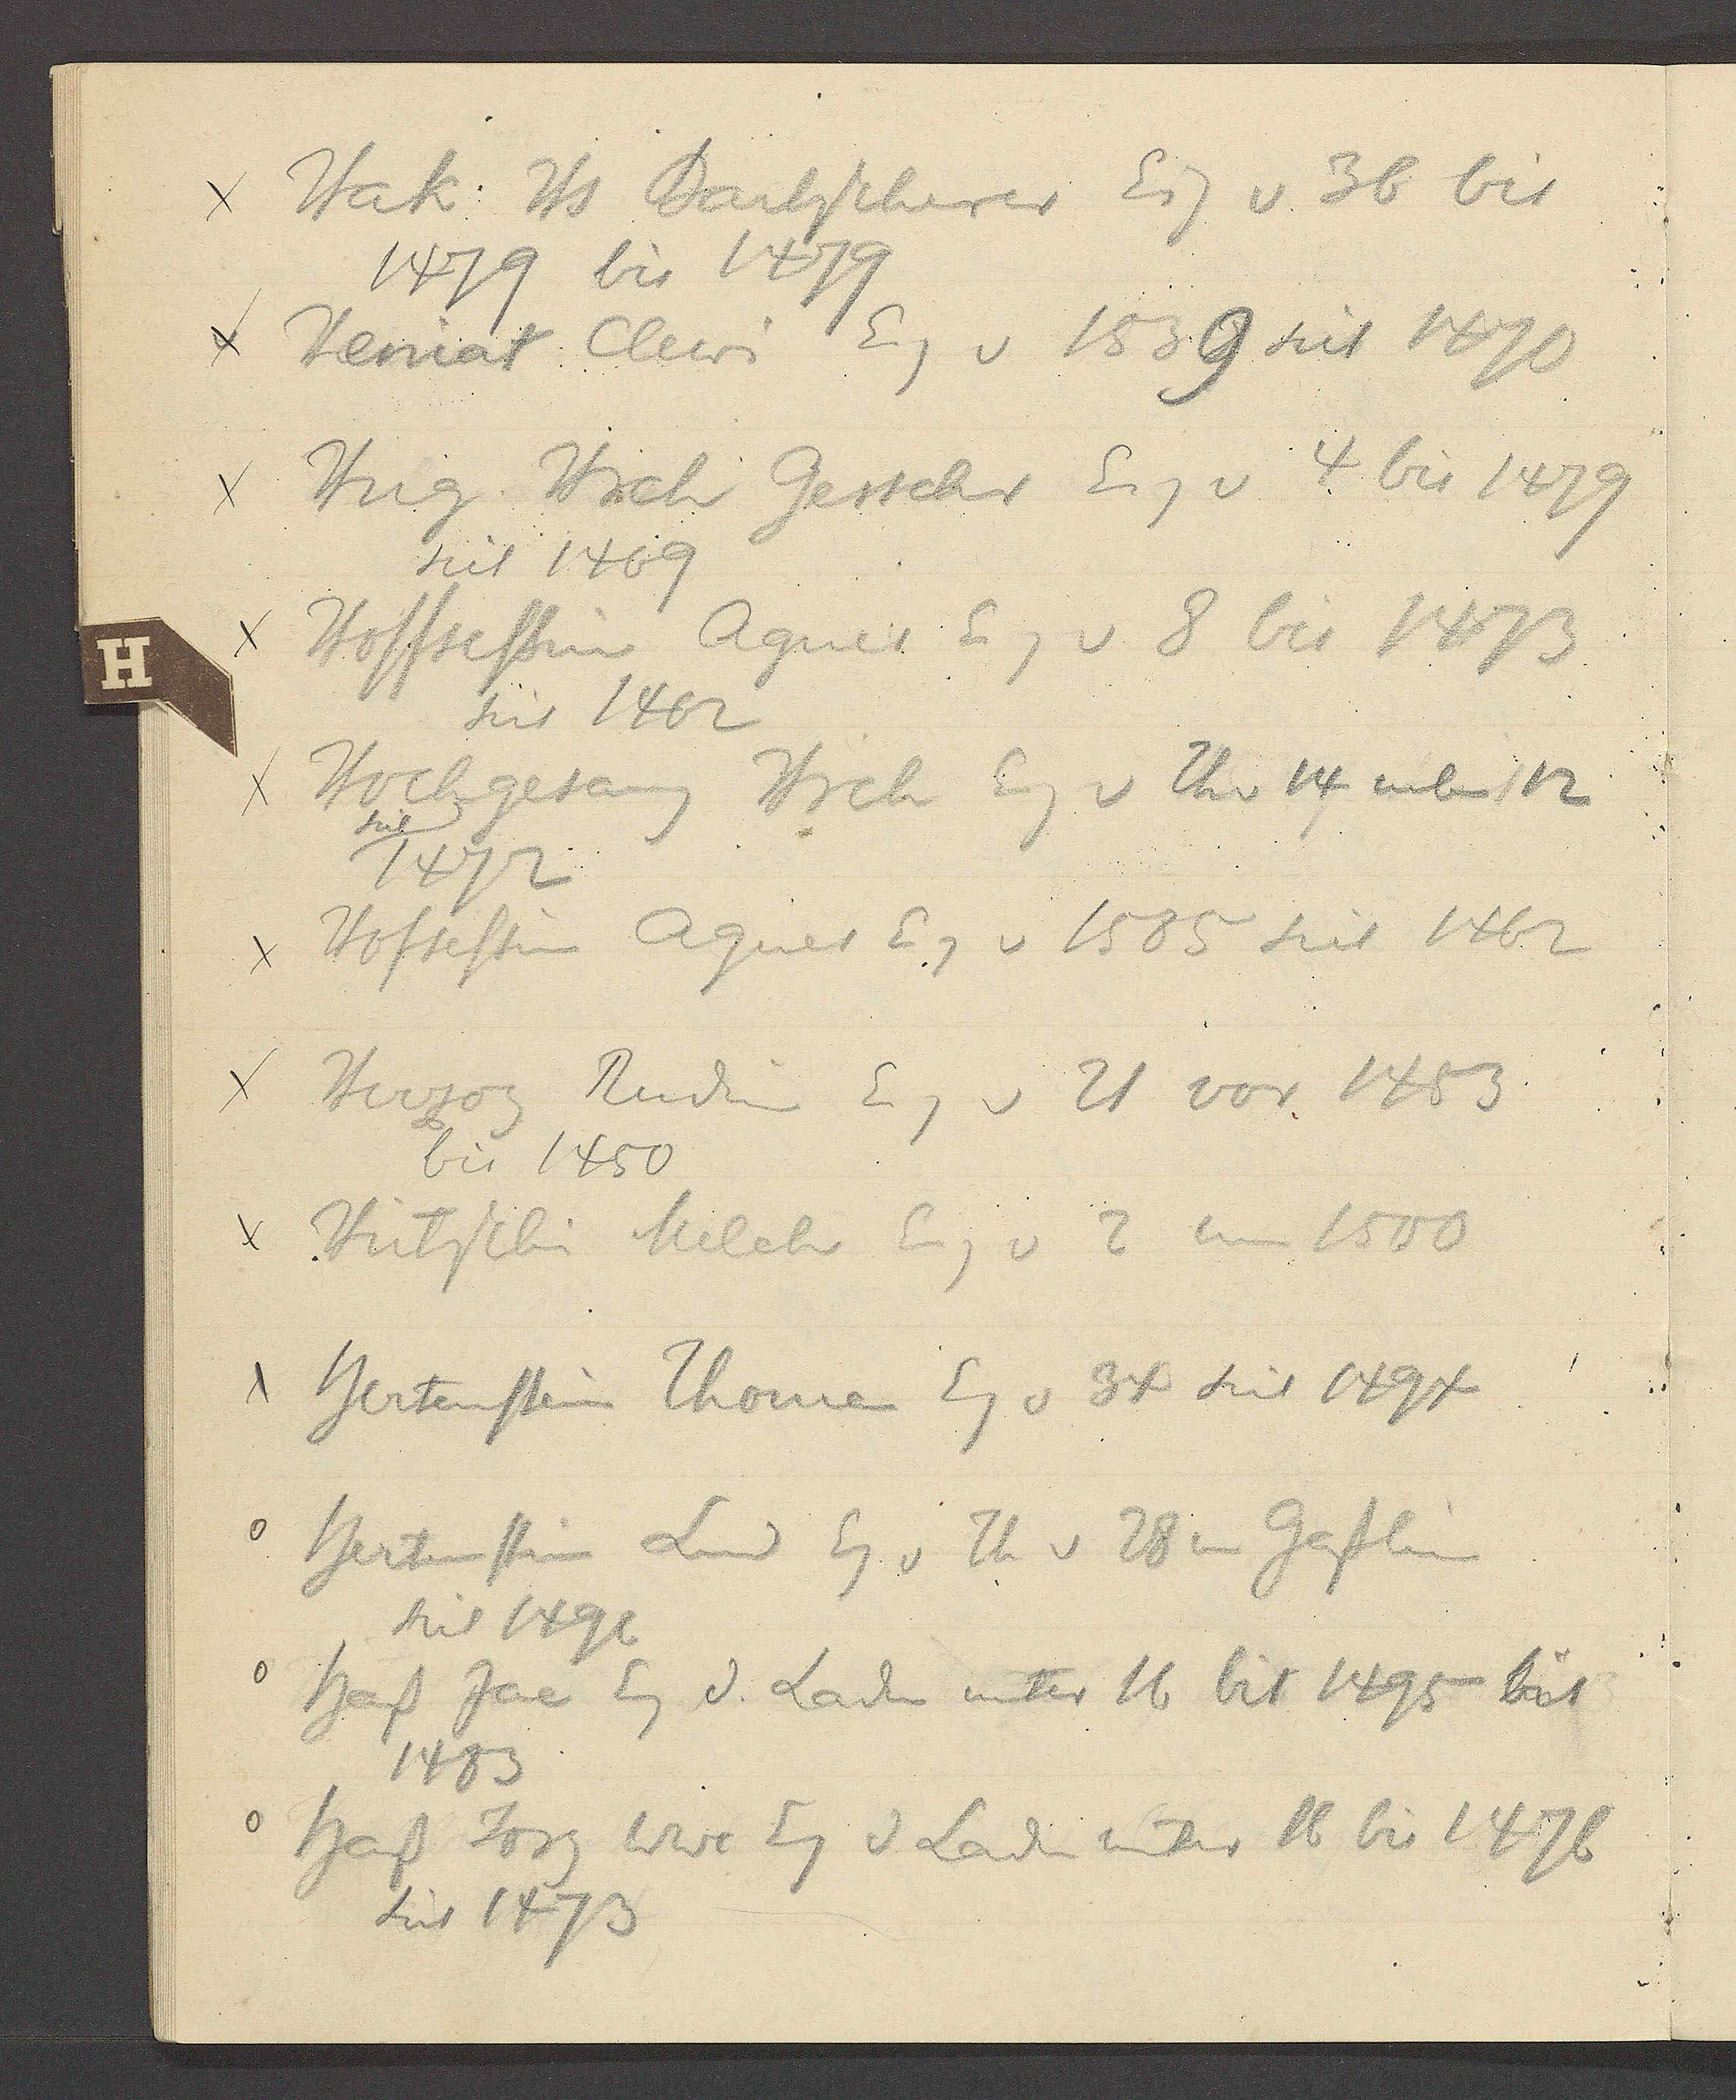
Transcript:
Hak Hs Bartscherer Eig v 36 bis
1479 bis 1479
Heniat Clewi Eig v 1539 seit 1470
Hug Hrch Gerschr Eig 4 bis 1479
seit 1469
Hoffsessin Agnes Eig v 8 bis 1473
seit 1462
Hochgesang Hrch Eig v Th v 14 neben 12
seit
1472
Hofsessin Agnes Eig v 1585 seit 1462
Herzog Rudin Eig v 21 vor 1483
bis 1450
Heitschi Melch Eig v 2 um1500
Hertenstein Thome Eg v 34 seit 1494
Hertenstein Lud Eg v Th v 28 im Gässlin
seit 1491
Haß Jac Eg d. Laden unter 16 bis 1495 bis
1483
Haß Jorg Wwe Eg d Laden unter 16 bis l476
seit 1473